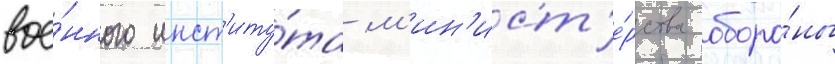
вое́нного инст'иту́та м'ин'ист'е́рства оборо́ны